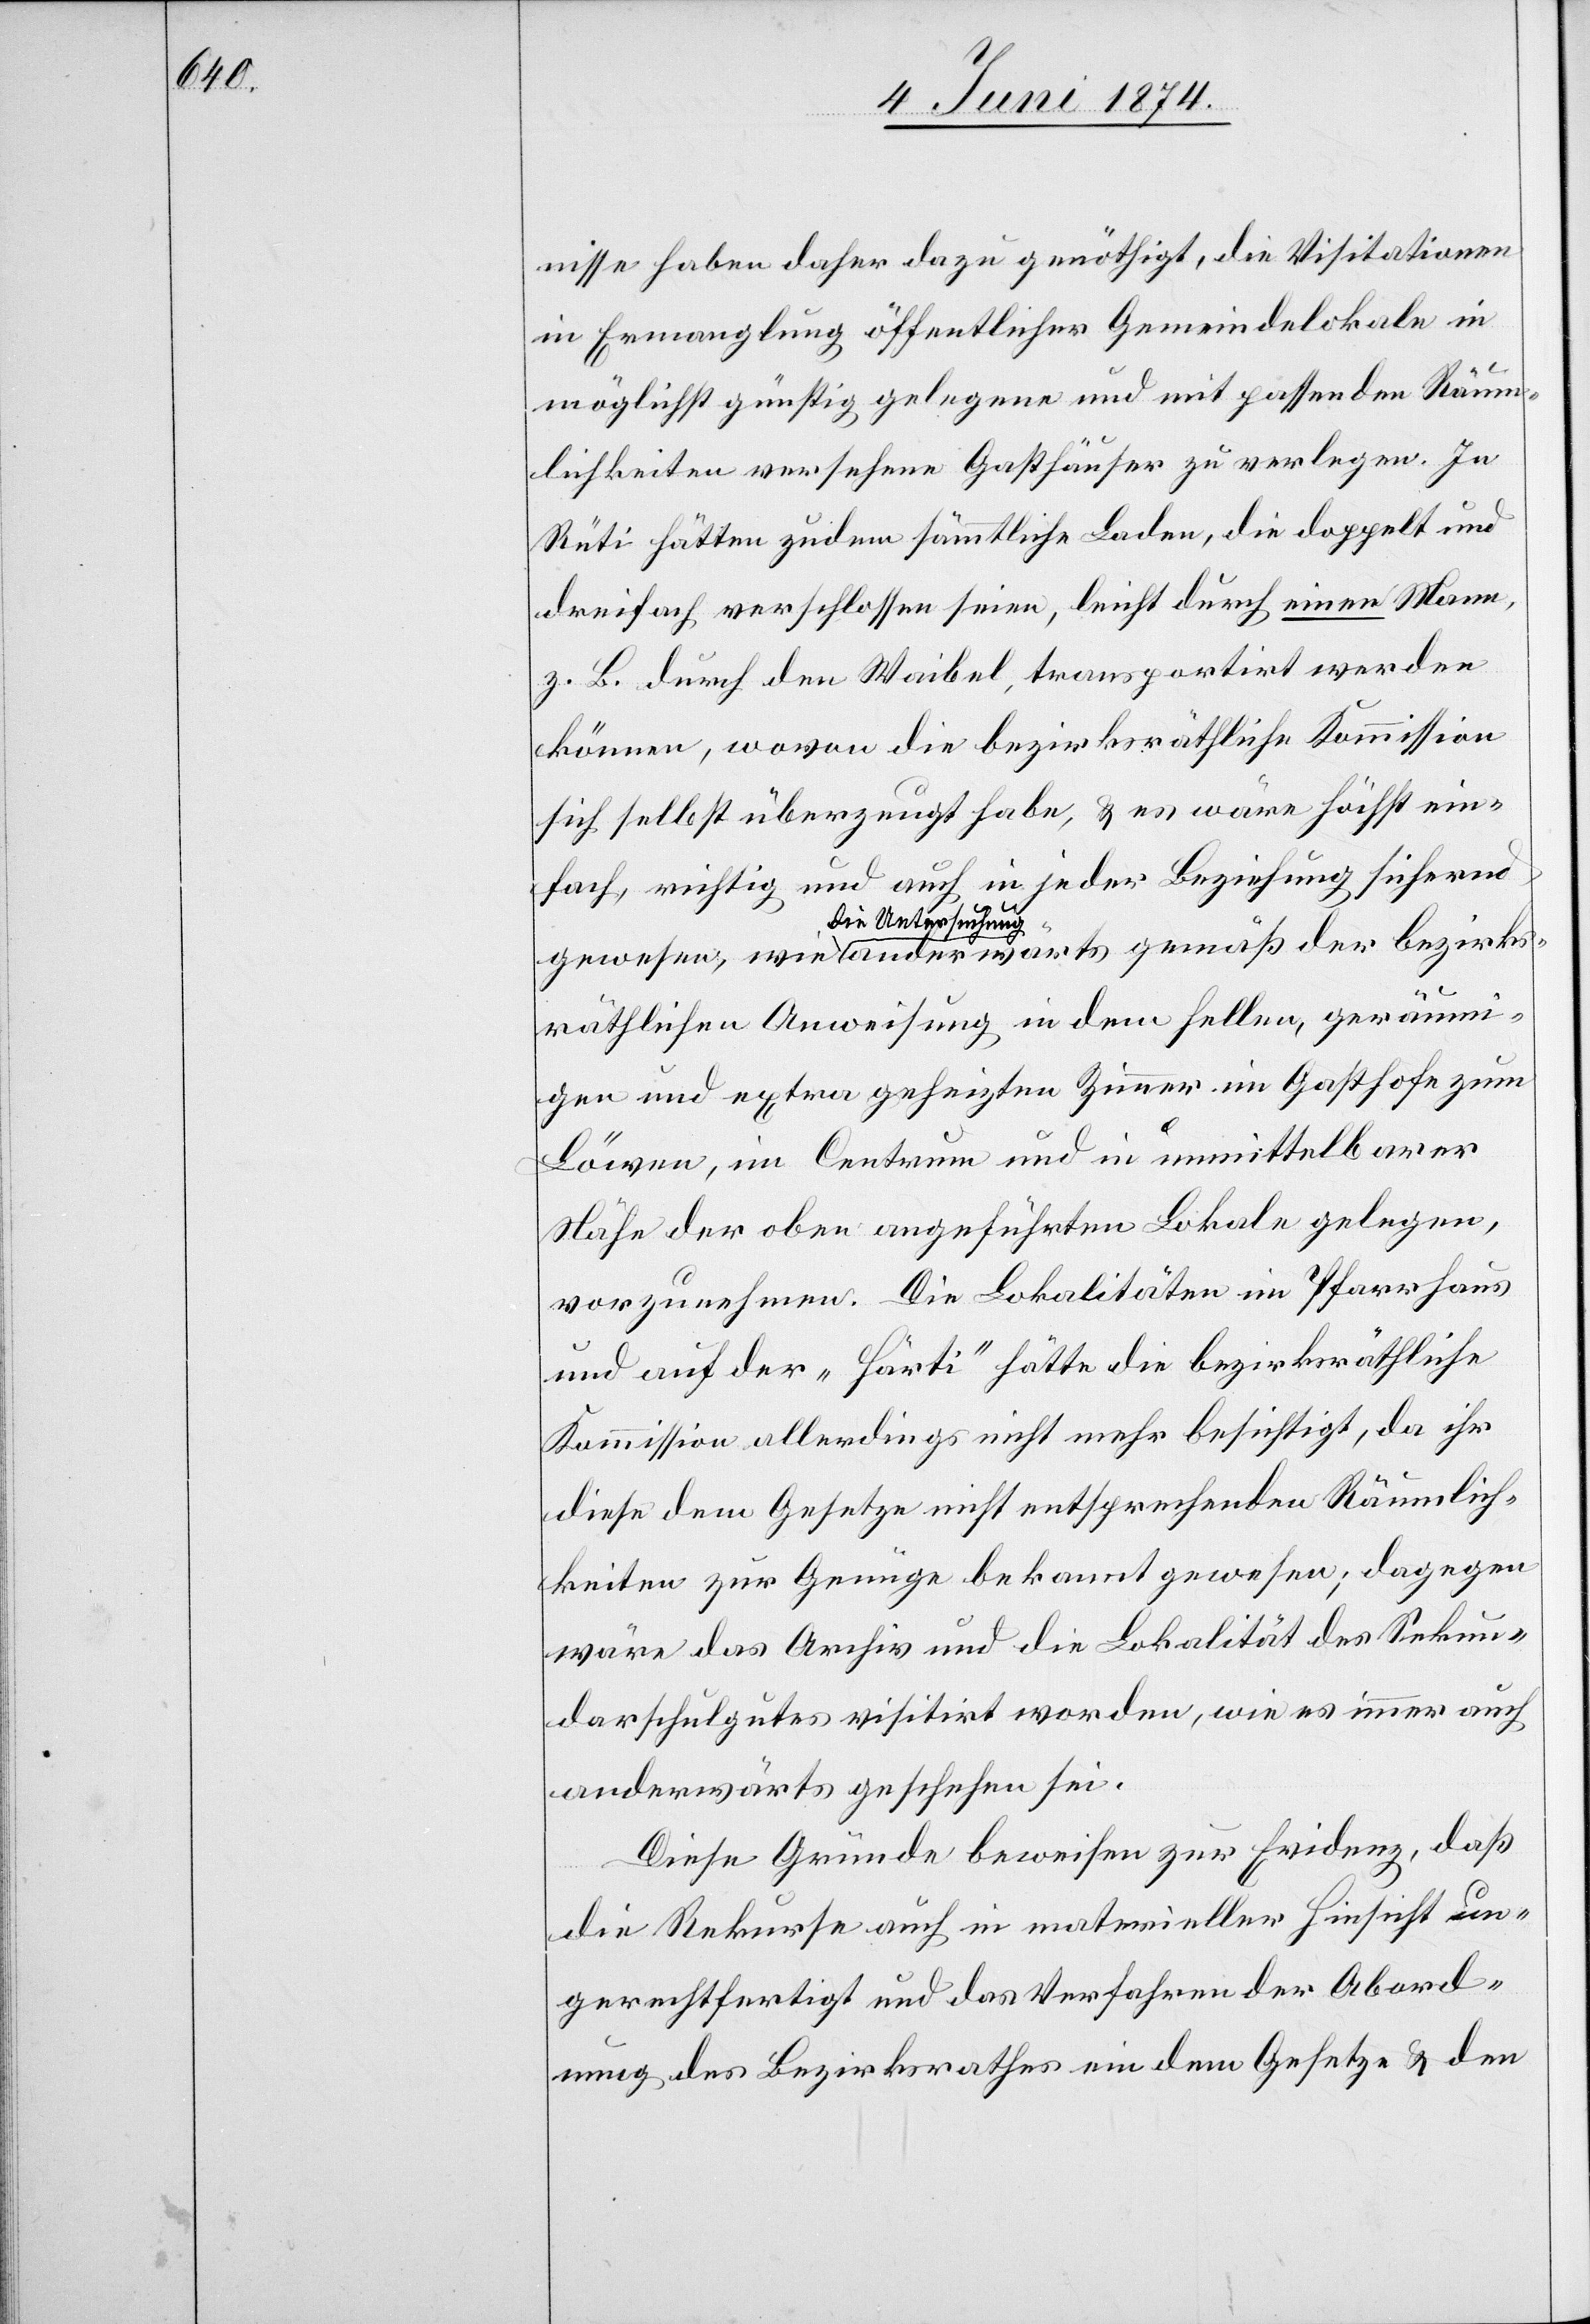
bezirk¬

nisse haben daher dazu genöthigt, die Visitationen
in Ermanglung öffentlicher Gemeindelokale in
möglichst günstig gelegene und mit passenden Räum¬
lichkeiten versehene Gasthäuser zu verlegen. In
Rüti hätten zudem sämmtliche Laden, die doppelt und
dreifach verschlossen seien, leicht durch einen Mann,
z. B. durch den Waibel, transportirt werden
können, wovon die bezirksräthliche Komission
sich selbst überzeugt habe, u. es wäre höchst ein¬
fach, richtig und auch in jeder Beziehung sichernd
die Untersuchung
sräthlichen Anweisung in dem selben, geräum¬
igen und extra geheizten Zimmer im Gasthofe zum
Löwen, im Centrum und in unmittelbarer
Nähe der oben angeführten Lokale gelegen,
vorzunehmen. Die Lokalitäten im Pfarrhaus
und auf der „Härti“ hätte die bezirksräthliche
Kommission allerdings nicht mehr besichtigt, da ihr
diese dem Gesetze nicht entsprechenden Räumlich¬
keiten zur Genüge bekannt gewesen; dagegen
wäre das Archiv und die Lokalität des Sekun¬
darschulgutes visitirt worden, wie es immer auch
anderwärts geschehen sei.
Diese Gründe beweisen zur Evidenz, daß
die Rekurse auch in materieller Hinsicht un¬
gerechtfertigt und das Verfahren der Abord¬
nung des Bezirksrathes ein dem Gesetze u. den